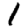
Digit: 1